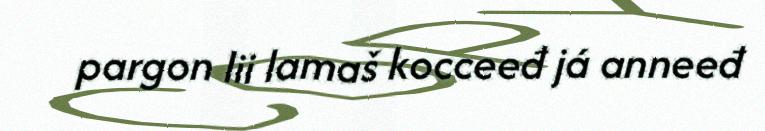
pargon lii lamaš kocceeđ já anneeđ